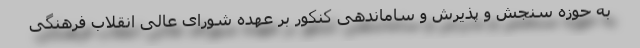
به حوزه سنجش و پذیرش و ساماندهی کنکور بر عهده شورای عالی انقلاب فرهنگی